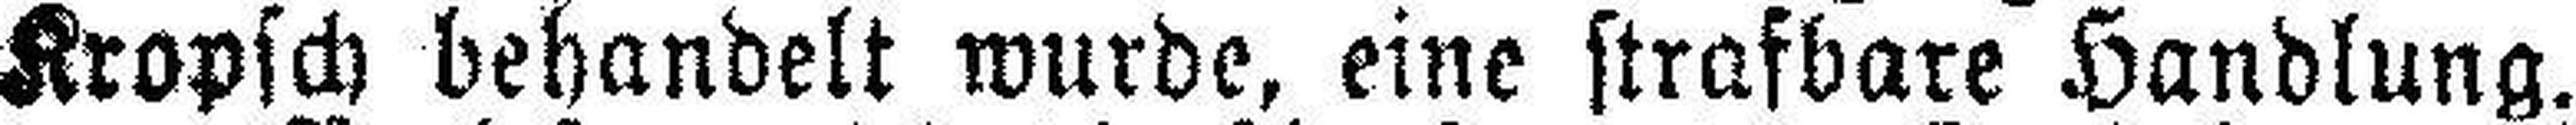
Kropsch behandelt wurde, eine strafbare Handlung.